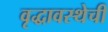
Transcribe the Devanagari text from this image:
वृद्धावस्थेची